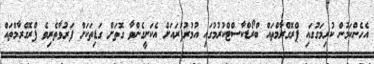
އެހެންކަމުން ކުރިމަގުގައި ޕްރޮގްރާމްތައް ބްރޯޑްކާސްޓްކުރުމުގައި އުމުރުފުރައަށް އެކަށީގެންވާ ގޮތަށް ގަޑިތަކަށް ފަރުވާތެރިވެ ޕްރޮގްރާމްތައް